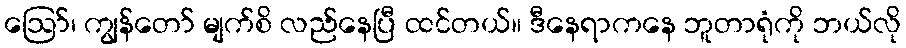
ဪ၊ ကျွန်တော် မျက်စိ လည်နေပြီ ထင်တယ်။ ဒီနေရာကနေ ဘူတာရုံကို ဘယ်လို